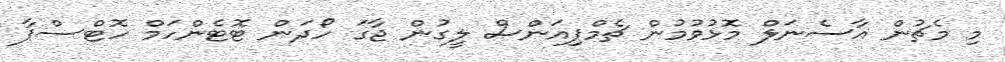
މި މެޗުން އާސެނަލް މޮޅުވުމުން ޗެމްޕިއަންސް ލީގުން ޖާގަ ހޯދަން ޓޮޓެންހަމް ހޮޓްސްޕާ